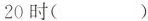
20时(）